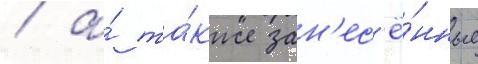
/ а́ та́кже зан'ес'ё́нные